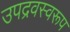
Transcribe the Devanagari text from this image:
उपद्रवस्वरूप